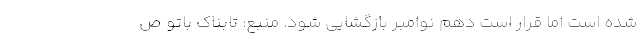
شده است اما قرار است دهم نوامبر بازگشایی شود. منبع: تابناک باتو ص